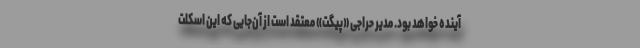
آینده خواهد بود. مدیر حراجی «پیگت» معتقد است از آن‌جایی که این اسکلت